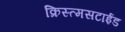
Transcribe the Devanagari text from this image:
क्रिस्त्मसटाईड